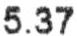
5.37